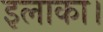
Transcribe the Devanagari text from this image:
इलाका।